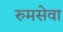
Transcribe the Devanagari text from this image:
रुमसेवा